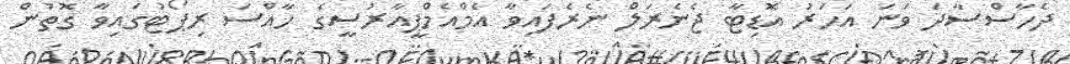
ދެހާސްސާދަ ވަނަ އަހަރު އޮޑިޓާ ޖެނެރަލް ނެރެފައިވާ އެމްއެމްޕީއާރުސީގެ ހާއްސަ ރިޕޯޓުގައިވާ ގޮތުން